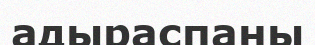
адыраспаны